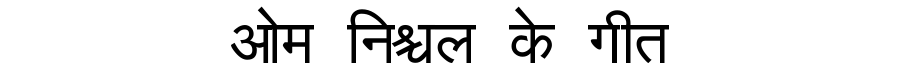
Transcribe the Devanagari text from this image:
ओम निश्चल के गीत